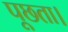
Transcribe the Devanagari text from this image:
पूछता।